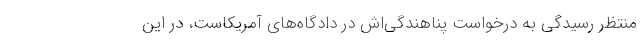
منتظر رسیدگی به درخواست پناهندگی‌اش در دادگاه‌های آمریکاست، در این